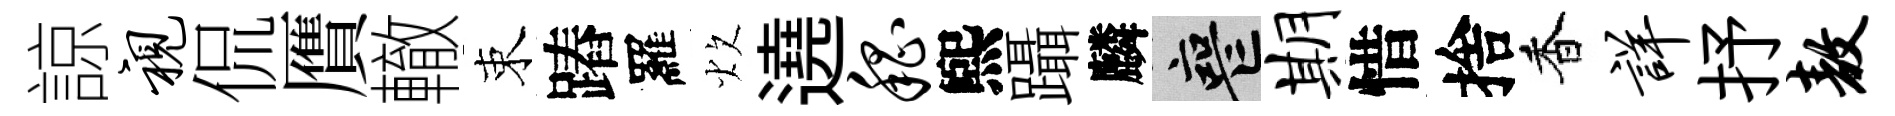
諒视侃贋轍束蹖羅炊遶嵇煕躡麟喪期惜捨香详抒敖